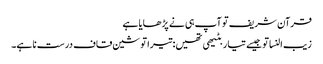
قرآن شریف تو آپ ہی نے پڑھایا ہے
زیب النسا تو جیسے تیار بٹیھی تھیں: تیرا تو شین قاف درست نا ہے۔